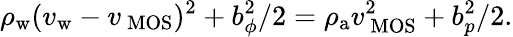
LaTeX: \rho_{\mathrm{w}}(v_{\mathrm{w}}-v_{\mathrm{\ MOS{}}})^{2}+b_{\phi}^{2}/2=\rho_{\mathrm{a}}v_{\mathrm{\ MOS{}}}^{2}+b_{p}^{2}/2.